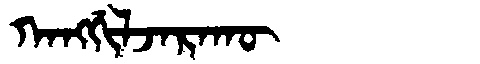
Manchu: ᡴᠠᠩᡤᡳᠯᠵᠠᡵᠠᡴᡡ
Romanization: KANGGILJARAKŪ